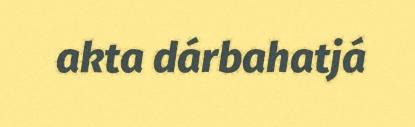
akta dárbahatjá